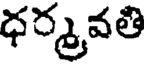
ధర్మవతి